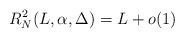
LaTeX: \begin{align*} R_N^2(L,\alpha,\Delta) = L +o(1)\end{align*}